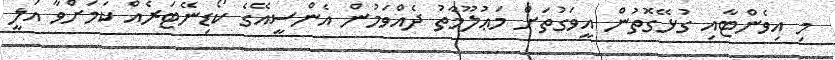
މި އިވެންޓާއި ގުޅޭގޮތުން އީވަގުތަށް މަޢުލޫމާތު ދެއްވަމުން އެންސީއޭގެ ކޯޑިނޭޓަރެއް ކަމަށްވާ އަލީ